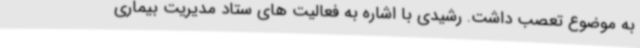
به موضوع تعصب داشت. رشیدی با اشاره به فعالیت های ستاد مدیریت بیماری